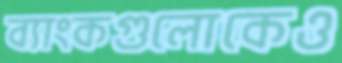
ব্যাংকগুলোকেও